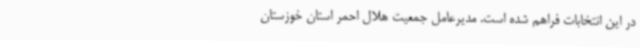
در این انتخابات فراهم شده است. مدیرعامل جمعیت هلال احمر استان خوزستان